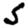
Digit: 5